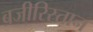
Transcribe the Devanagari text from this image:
बजीरिस्तान